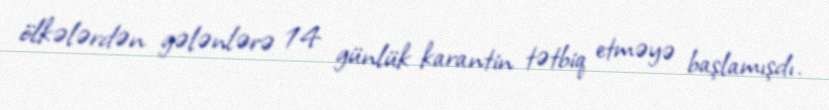
ölkələrdən gələnlərə 14 günlük karantin tətbiq etməyə başlamışdı.